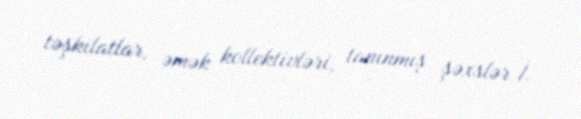
təşkilatlar, əmək kollektivləri, tanınmış şəxslər İ.